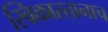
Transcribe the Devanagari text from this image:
स्विकारतानाच